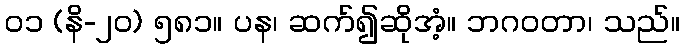
၀၁ (နိ-၂၀) ၅၈၁။ ပန၊ ဆက်၍ဆိုအံ့။ ဘဂဝတာ၊ သည်။